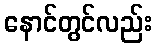
နောင်တွင်လည်း